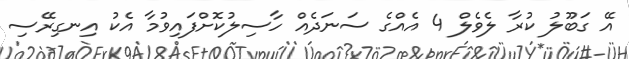
އޭ ގަބޫލު ކުރާ ލެވެލް 4 އެއްގެ ސަނަދެއް ހާސިލުކޮށްފައިވުމާ އެކު އިނގިރޭސި